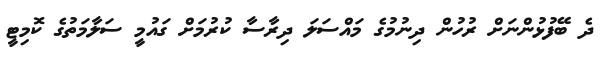
ދެ ބޭފުޅުންނަށް ރުހުން ދިނުމުގެ މައްސަލަ ދިރާސާ ކުރުމަށް ގައުމީ ސަލާމަތުގެ ކޮމިޓީ